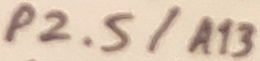
Text: P2.5/A13